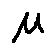
\mu